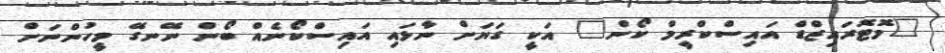
"މޮޓޮރައިޒްޑް އައިސްކްރީމް ކޯން" އަކީ ގަޔަށް ނާޅައި އައިސްކޯނެއް ބޯން ނޭނގޭ މީީހުންނަށް